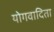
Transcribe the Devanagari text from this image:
योगवादिता